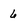
Character: 6